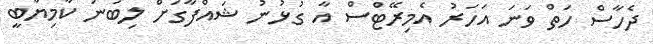
ދެހާސް ހަތް ވަނަ އަހަރު އެމިރޭޓްސް އާ ގުޅުނު ޝައްފާގަށް ލިބުނު ކާމިޔާބީ